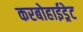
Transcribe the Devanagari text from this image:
करबोहाईड्रेट